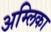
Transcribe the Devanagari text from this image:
अम्लिका